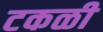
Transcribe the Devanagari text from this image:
टकळी